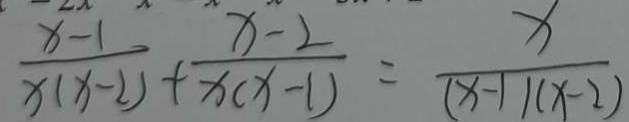
\frac { x - 1 } { x ( x - 2 ) } + \frac { x - 2 } { x ( x - 1 ) } = \frac { x } { ( x - 1 ) ( x - 2 ) }